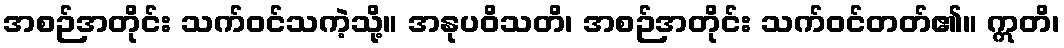
အစဉ်အတိုင်း သက်ဝင်သကဲ့သို့။ အနုပဝိသတိ၊ အစဉ်အတိုင်း သက်ဝင်တတ်၏။ ဣတိ၊